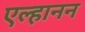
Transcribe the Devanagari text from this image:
एल्हानन